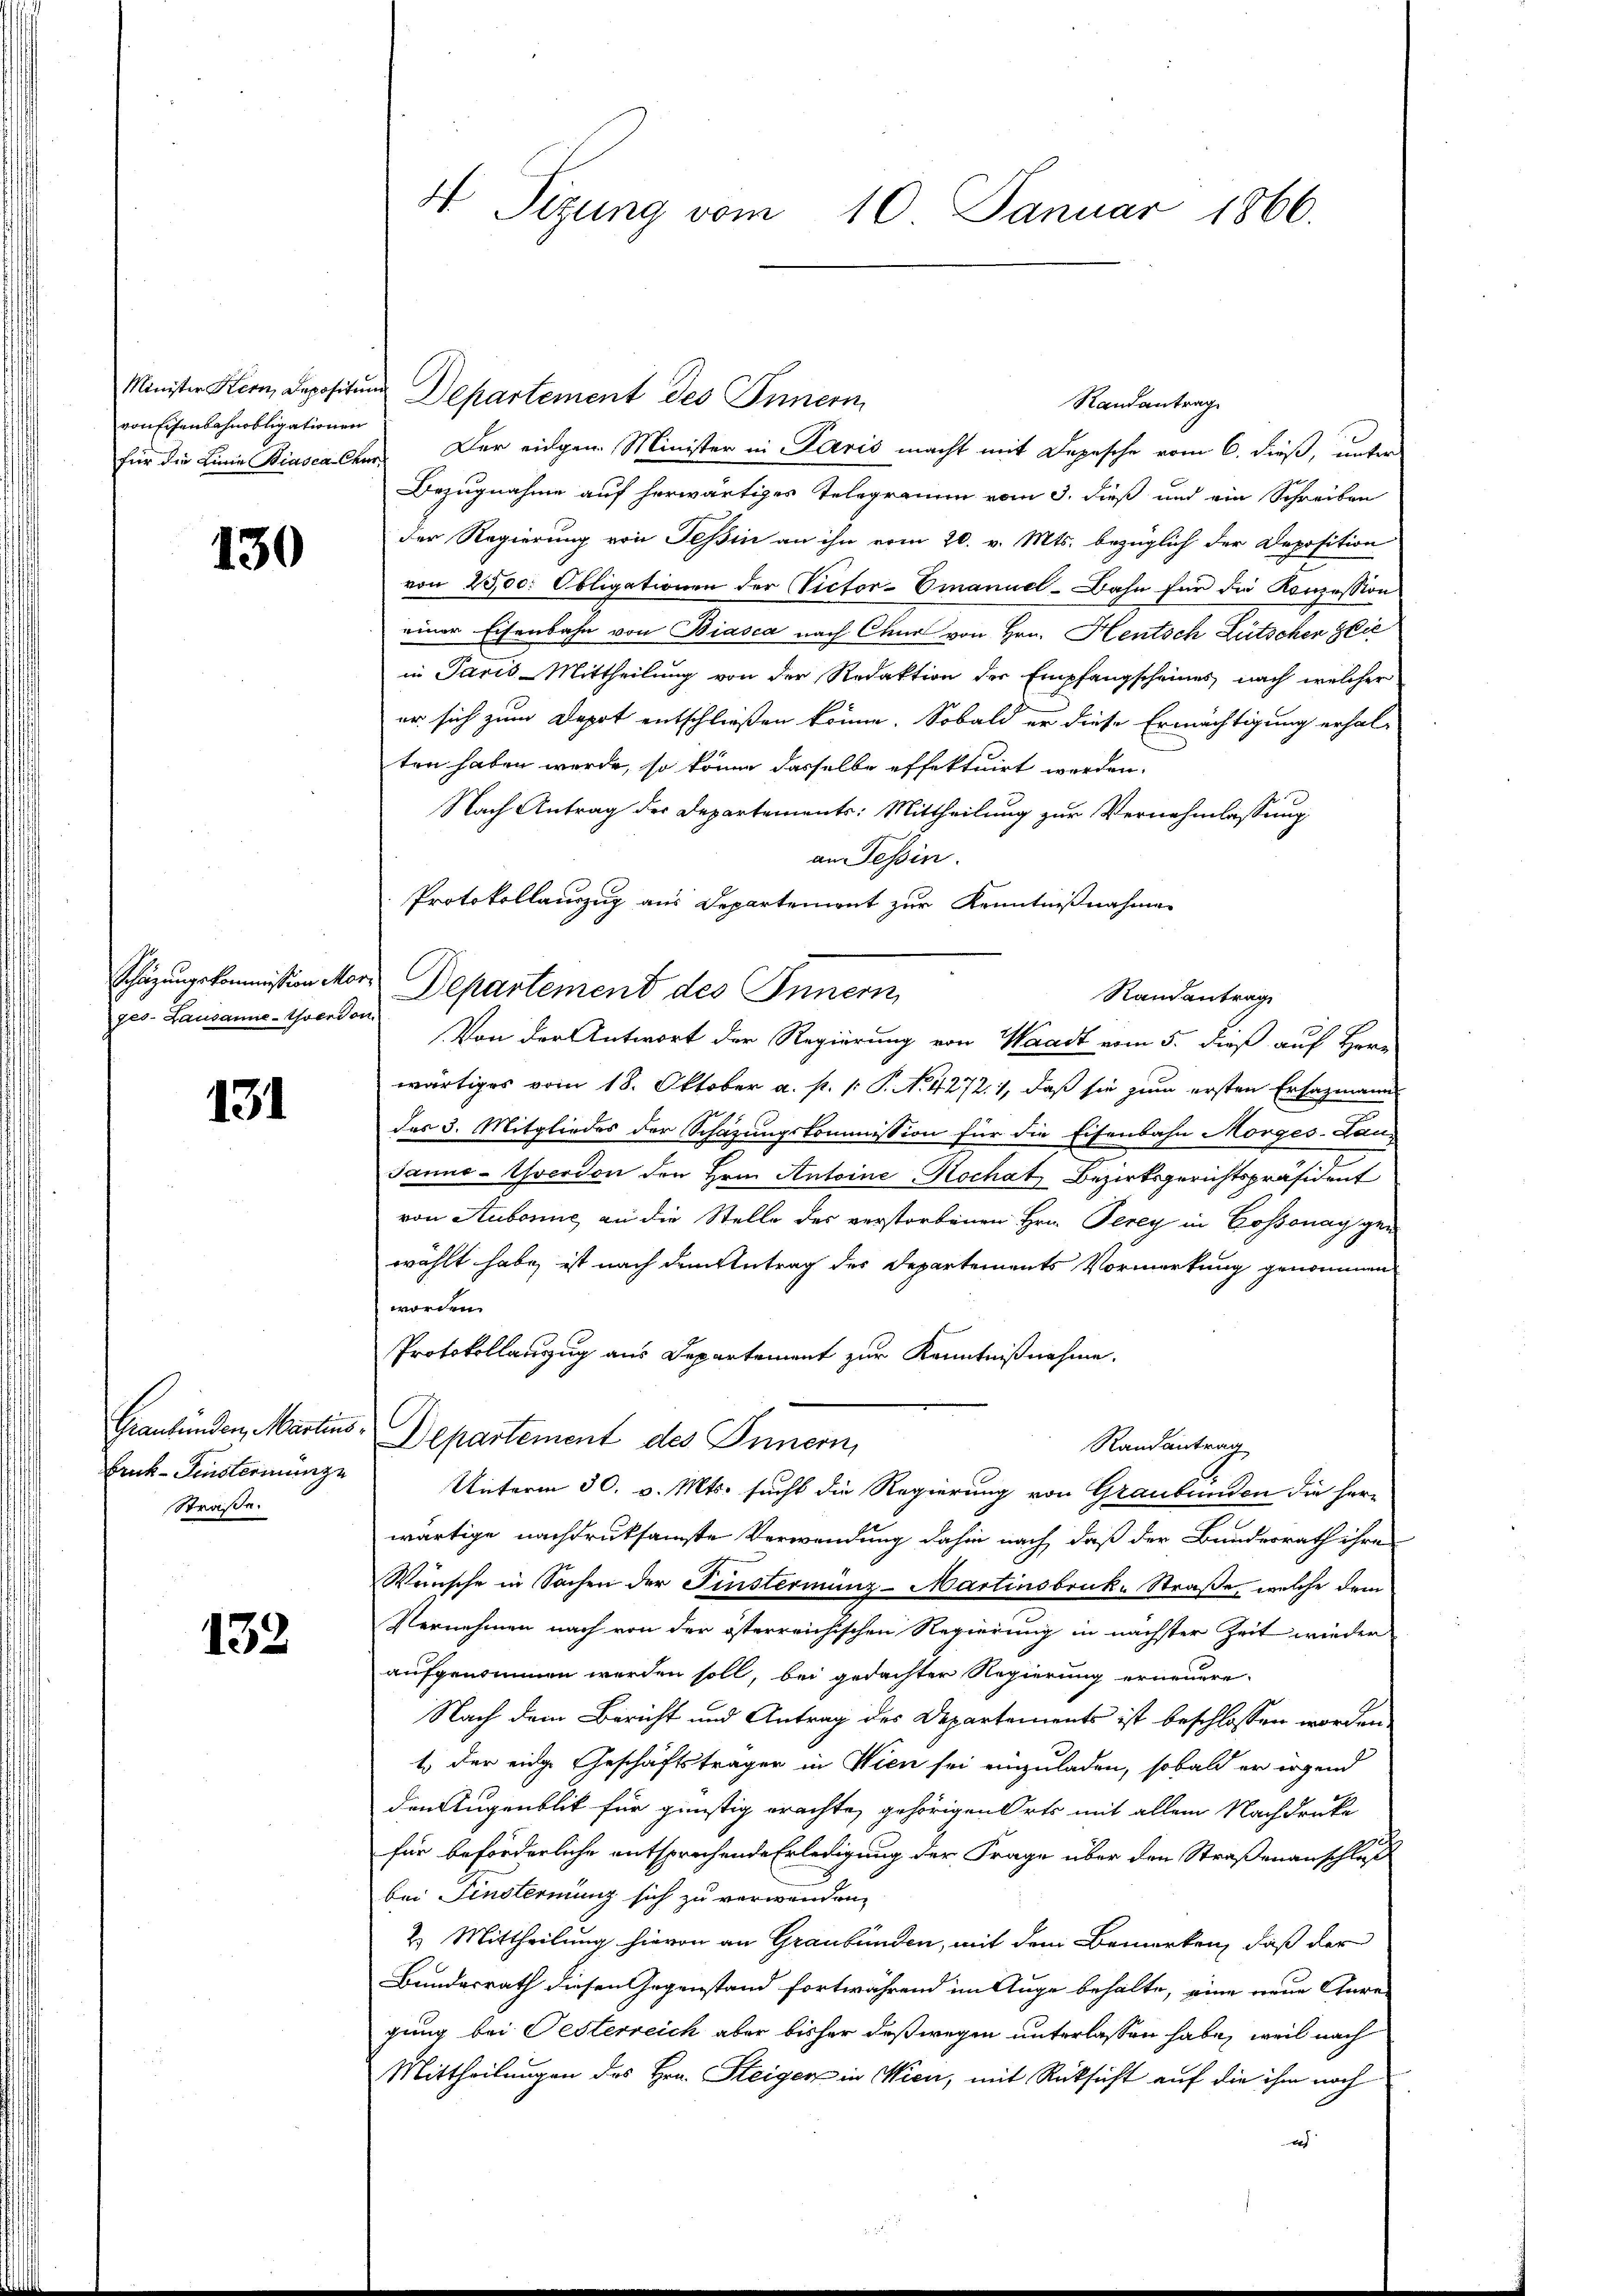
ronfisenbahnobligationen

130

ges. Lausanne-Yverdon

131

Straße.

132

Randantrag
für die Linie Biascaleer. Der eingen Minister in Paris macht mit Depesche vom 6. dieß, unter
Bezugnahme auf herwärtiges Telegramm vom 3. dieß und ein Schreiben
der Regierung von Tessin an ihn vom 20. v. Mts. bezüglich der Deposition
von 2500. Obligationen der Victor-Emanuel-Bahn für die Konzession
einer Eisenbahn von Biasca nach Chur von Hrn. Heutsch Lütschen seie
in Paris-Mittheilung von der Redaktion der Empfangscheines nach welcher
er sich zum Depot entschließen könne. Sobald er diese Ermächtigung erhal-
ten haben wurde, so könne dasselbe effektuirt werden.
Nach Antrag der Departements: Mittheilung zur Vernehmlassung
an Tessin.
Protokollauszug aus Departement zur Kenntnißnahme
Schazungskommission Mor. Departement des Innern
Randantrag
Von der Antwort der Regierung von Waadt vom 5. dieß auf Herr
wärtiges vom 18. Oktober a. p. v. P. N. 4272. 1, daß sie zum ersten Ersazmann
des 3. Mitgliedes der Schazungskommission für die Eisenbahn Morges-Lan¬
Janne-Yverdon den Hrn. Antoine Hochat Bezirksgerichtspräsident
von Stubonne an die Stelle des verstorbenen Hrn. Perey in Cossonay gen
wählt habe, ist nach dem Antrag des Departements Vormerkung genommen
worden.
Protokollanzug aus Departement zur Kenntnißnahme.
Graubünden, Martins Departement des Innern,
Randantrag
Bruk-Fenstermünze Unterm 30. v. Mts. sucht die Regierung von Graubünden die Herr
wärtige nachdruksamste Verwendung dahin nach, daß der Bundesrath ihre
Wünsche in Sachen der Finstermünz- Martinsbruk-Straße, welche dem
Vernehmen nach von der österreichischen Regierung in nächster Zeit wieder
aufgenommen werden soll, bei gedachten Regierung erneuere.
Nach dem Bericht und Antrag des Departements ist beschlossen worden
1. Der eidge Geschäftsträger in Wien sei einzuladen, sobald er irgend
den Augenblick für günstig erachte, gehörigen Orts mit allem Nachdrucke
für beförderliche entsprochende Erledigung der Frage über den Straßenanschluß
bei Einsternung sich zu verwenden,
2. Mittheilung hievon an Graubünden, mit dem Bemerken, daß der
Bundesrath diesen Gegenstand fortwährend im Auge behalte, eine neue Gere-
gung bei Pesterreich aber bisher deßwegen unterlassen habe, weil nach
Mittheilungen des Hrn. Steiger in Wien, mit Rücksicht auf die ihm noch
e

4 Sizung vom 10. Januar 1866.

Minister Kern, Depositum Departement des Innern